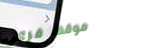
موقف فرعي